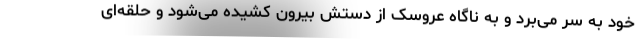
خود به سر می‌برد و به ناگاه عروسک از دستش بیرون کشیده می‌شود و حلقه‌ای